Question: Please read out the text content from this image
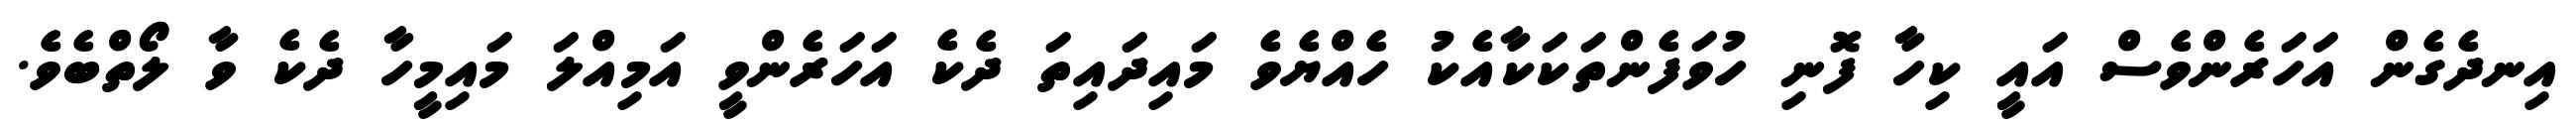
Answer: އިނދެގެން އަހަރެންވެސް އައީ ކިހާ ފޮނި ހުވަފެންތަކަކާއެކު ހެއްޔެވެ މައިދައިތަ ދެކެ އަހަރެންވީ އަމިއްލަ މައިމީހާ ދެކެ ވާ ލޯތްބެވެ.